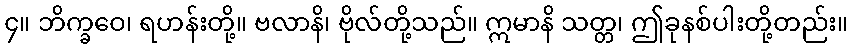
၄။ ဘိက္ခဝေ၊ ရဟန်းတို့။ ဗလာနိ၊ ဗိုလ်တို့သည်။ ဣမာနိ သတ္တ၊ ဤခုနစ်ပါးတို့တည်း။